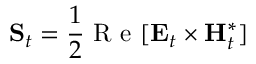
\mathbf { S } _ { t } = \frac { 1 } { 2 } \mathrm { ~ R ~ e ~ } [ \mathbf { E } _ { t } \times \mathbf { H } _ { t } ^ { * } ]